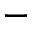
\mathfrak { - }